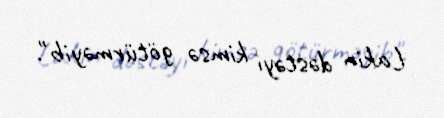
Lakin dəstəyi kimsə götürməyib".